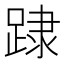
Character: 䠈